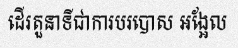
ដើរតួនាទីជាការបរបោស អង្អែល